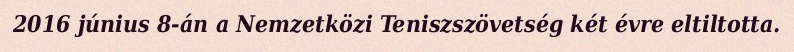
2016 június 8-án a Nemzetközi Teniszszövetség két évre eltiltotta.